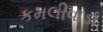
કમલીવાડા